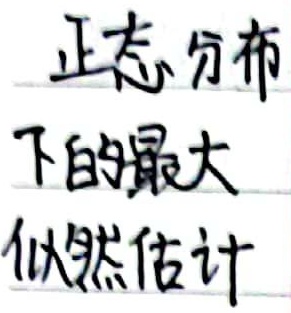
正态分布下的最大似然估计